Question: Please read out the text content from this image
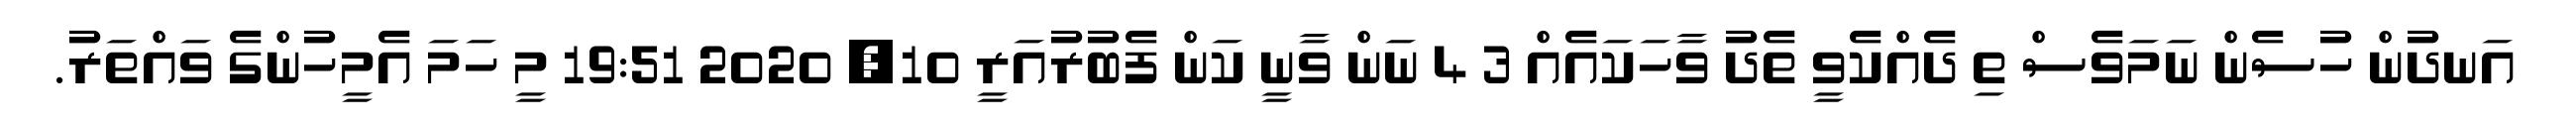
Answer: އަނދުން ހުސެން ނަމަވެސް ތި ދެއްކެވީ ތެދު ވާހަކައެއް 3 4 ނަން ވާނީ ކަން ފެބުރުއަރީ 10, 2020 19:51 މީ ހަމަ އެމީހުންގެ ވައްތަރު.